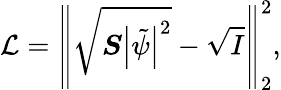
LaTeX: \mathcal{L}=\left\Vert\sqrt{\boldsymbol{S}\left|\tilde{\psi}\right|^{2}}-\sqrt{I}\right\Vert_{2}^{2},